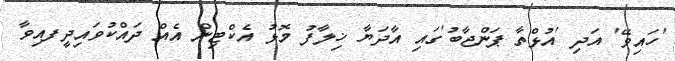
'ހައިވޭ' އަދި 'އުޅްތާ ޕަންޖާބު'ގައި އާދަޔާ ޚިލާފު މޮޅު އެކްޓިން އެއް ދައްކުވައިދީފއިވާ